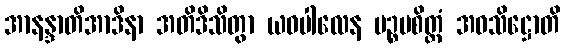
အာနန္ဒာတိအာဒိနာ အတိဒိသိတွာ ယဝပါလေန ပဉ္စမစိတ္တံ အဝသိဋ္ဌောတိ